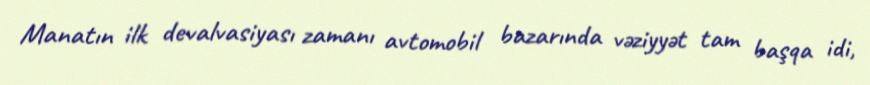
Manatın ilk devalvasiyası zamanı avtomobil bazarında vəziyyət tam başqa idi,